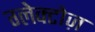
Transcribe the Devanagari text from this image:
ग्लेक्टोज़